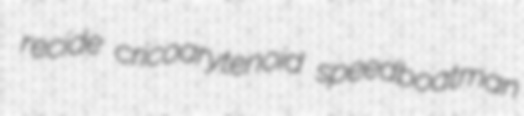
recide cricoarytenoid speedboatman